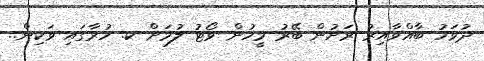
ދުވަހު ބާއްވާއިރު ރަށުން ބޭރު މީހުން ވޯޓު ލުމަށް ކ. ހުރާގައި ވަކިން..